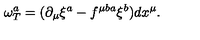
\omega _ { T } ^ { a } = ( \partial _ { \mu } \xi ^ { a } - f ^ { \mu b a } \xi ^ { b } ) d x ^ { \mu } .